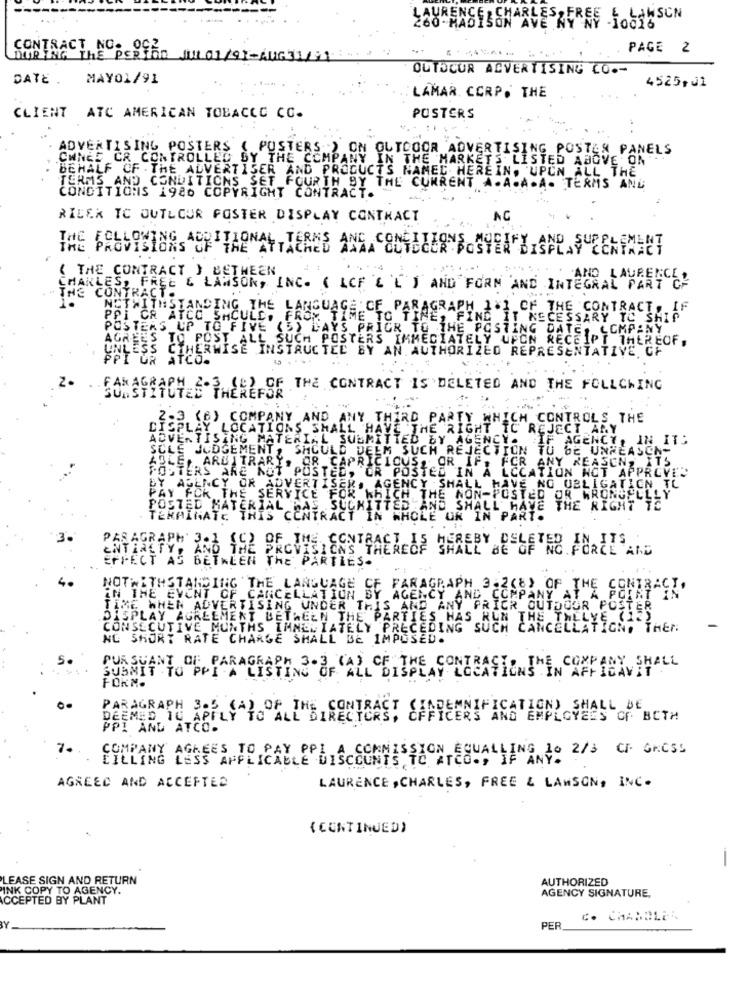
260 - MADISON AVE RY
CHARLES FRES Nobig
CONTRACT NO. 002.
PAGE 2
DURING THE PERIOD JUL01/91-AUG31/21
OUTOCUR ADVERTISING CO .-
DATE .
MAY01/91
4525+J1
LAMAR CORP. THE
CLIENT ATC AMERICAN TOBACCO CO.
POSTERS
ADVERTISING POSTERS ( POSTERS. ) ON OUTDOOR ADVERTISING POSTEN PANELS
CHNES CR CONTROLLED !
BY THE COMPANY
IN THE MARKETS LISTED ABOVE ON
BEHALF OF . THE ADVERTISER AND PRODUCTS NAMED HEREIN, UPUN ALL THE
TERMS AND CONDITIONS SET FOURTH BY THE CURRENT A.A.A.A. TERMS AND
CONDITIONS 1986 COPYRIGHT CONTRACT.
RICEK TC OUTLOUR FOSTER DISPLAY CONTRACT
AG
IME PROVISIONS OF THE ATTACHED
AGRITIONAL TERMS AND CONTECLANS STER BISPLAY CONTAACT
( THE CONTRACT } BETHEEN
LMAKLES, FREE & LAWSON, INC. ( LCF & E ) AND FORM AND INTEGRAL PART OF
- THE CONTRACT.
1.
NOTWITHSTANDING THE LANGUAGE OF PARAGRAPH 1% OF THE CONTRACT, IF
PPI CR ATCO SHOULD, F
X "TIME TO TINE, FIND IT NECESSARY TO SHIP
POSTERS UP TO FIVE (5) DAYS PRIOR TO THE POSTING DATE, COMPANY
AGREES TO POST ALL SUCH POSTERS IMMEDIATELY UPON RECEIPT THEREOF,
NLESS OTHERWISE INSTRUCTED BY AN AUTHORIZED REPRESENTATIVE OF
I UR ATCO.
SOMSTITUTED THEREFOR
(C) OF THE CONTRACT IS DELETED AND THE FOLLOWING
2-3 (B) COMPANY AND ANY THIRD PARTY WHICH CONTROLS THE
DISPLAY LOCATIONS SHALL HAVE
AVE THE RIGHT TO REJECT ANY
ADVERTISING MATERIAL. SUBMITTED BY AGENCY.
IF AGENCY, IN ITS
SCLE JUDGEMENT, SHOULD DEEM SUCH REJECTION TO BE UNREASON-
ABLE,
POSTERS ARE NOT POSTE
ARBITRARY, OR CAPRICIOUS, OR IF,
OR POSTED IN A LOCATION NOT APPROVED
ANY REASON, ITS
BY AGENCY OR ADVERTISER, AGENCY SHALL HAVE NO OBLIGATION TL
PAY FOR THE SERVICE FOR KHICH THE NON-POSTED OR WRONGELLLY
POSTED MATER
IAL BAE
.su
TED AND SHALL HAVE THE RIGHT TE
TER
HATE THIS CONTRACT IN WHOLE OR IN PART.
PESAGEFSH AND THE PROVISIONS THEREOF SHALL BE OF NO.FORCE AND
THE PARTIES .
NOTWITHSTANDING THE LANGUAGE OF PARAGRAPH 3.2(8) OF THE CONTRACT.
IN THE EVENT OF CANCELLATION BY AGENCY AND COMPANY
POINT IN
TIME WHEN ADVERTISING UNDER THIS AND ANY PRICK OUTDOOR POSTER
DISPLAY AGREEMENT BETWEEN THE PARTIES HAS RUN THE THELYE
CONSECUTIVE MONTHS IMMEDIATELY PRECEDING SUCH CANCELLATION, THEN
NC SHORT RATE CHARGE SHALL BE IMPOSED.
COMPANY SHALL
SUBMIT TO PPI A LISTING OF ALL DISPLAY LOCATIONS IN AFFIDAVIT
PURSUANT OF PARAGRAPH 3.3 (A) OF THE CONTRACT
FORM.
PARAGRAPH 3.5 (A) OF THE CONTRACT CHAPEANIFICATION) SHALL BE
DEEMED 10 APPLY TO ALL DIRECTORS,
ICERS AND EMPLOYEES OF BOTH
PPI AND ATCO.
7.
COMPANY AGREES TO PAY PPI A COMMISSION EQUALLING 10 2/3 OF GROSS
FILLING LESS APPLICABLE DISCOUNTS TO ATCO ., IF ANY.
AGREED AND ACCEPTED
LAURENCE , CHARLES, FREE & LAWSON, INC.
. .
( CONTINUED)
-
LEASE SIGN AND RETURN
AUTHORIZED
INK COPY TO AGENCY.
AGENCY SIGNATURE,
ACCEPTED BY PLANT
C. CHANDLER
PER